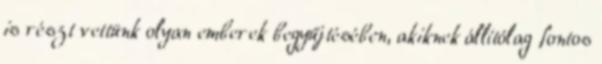
is részt vettünk olyan emberek begyűjtésében, akiknek állítólag fontos